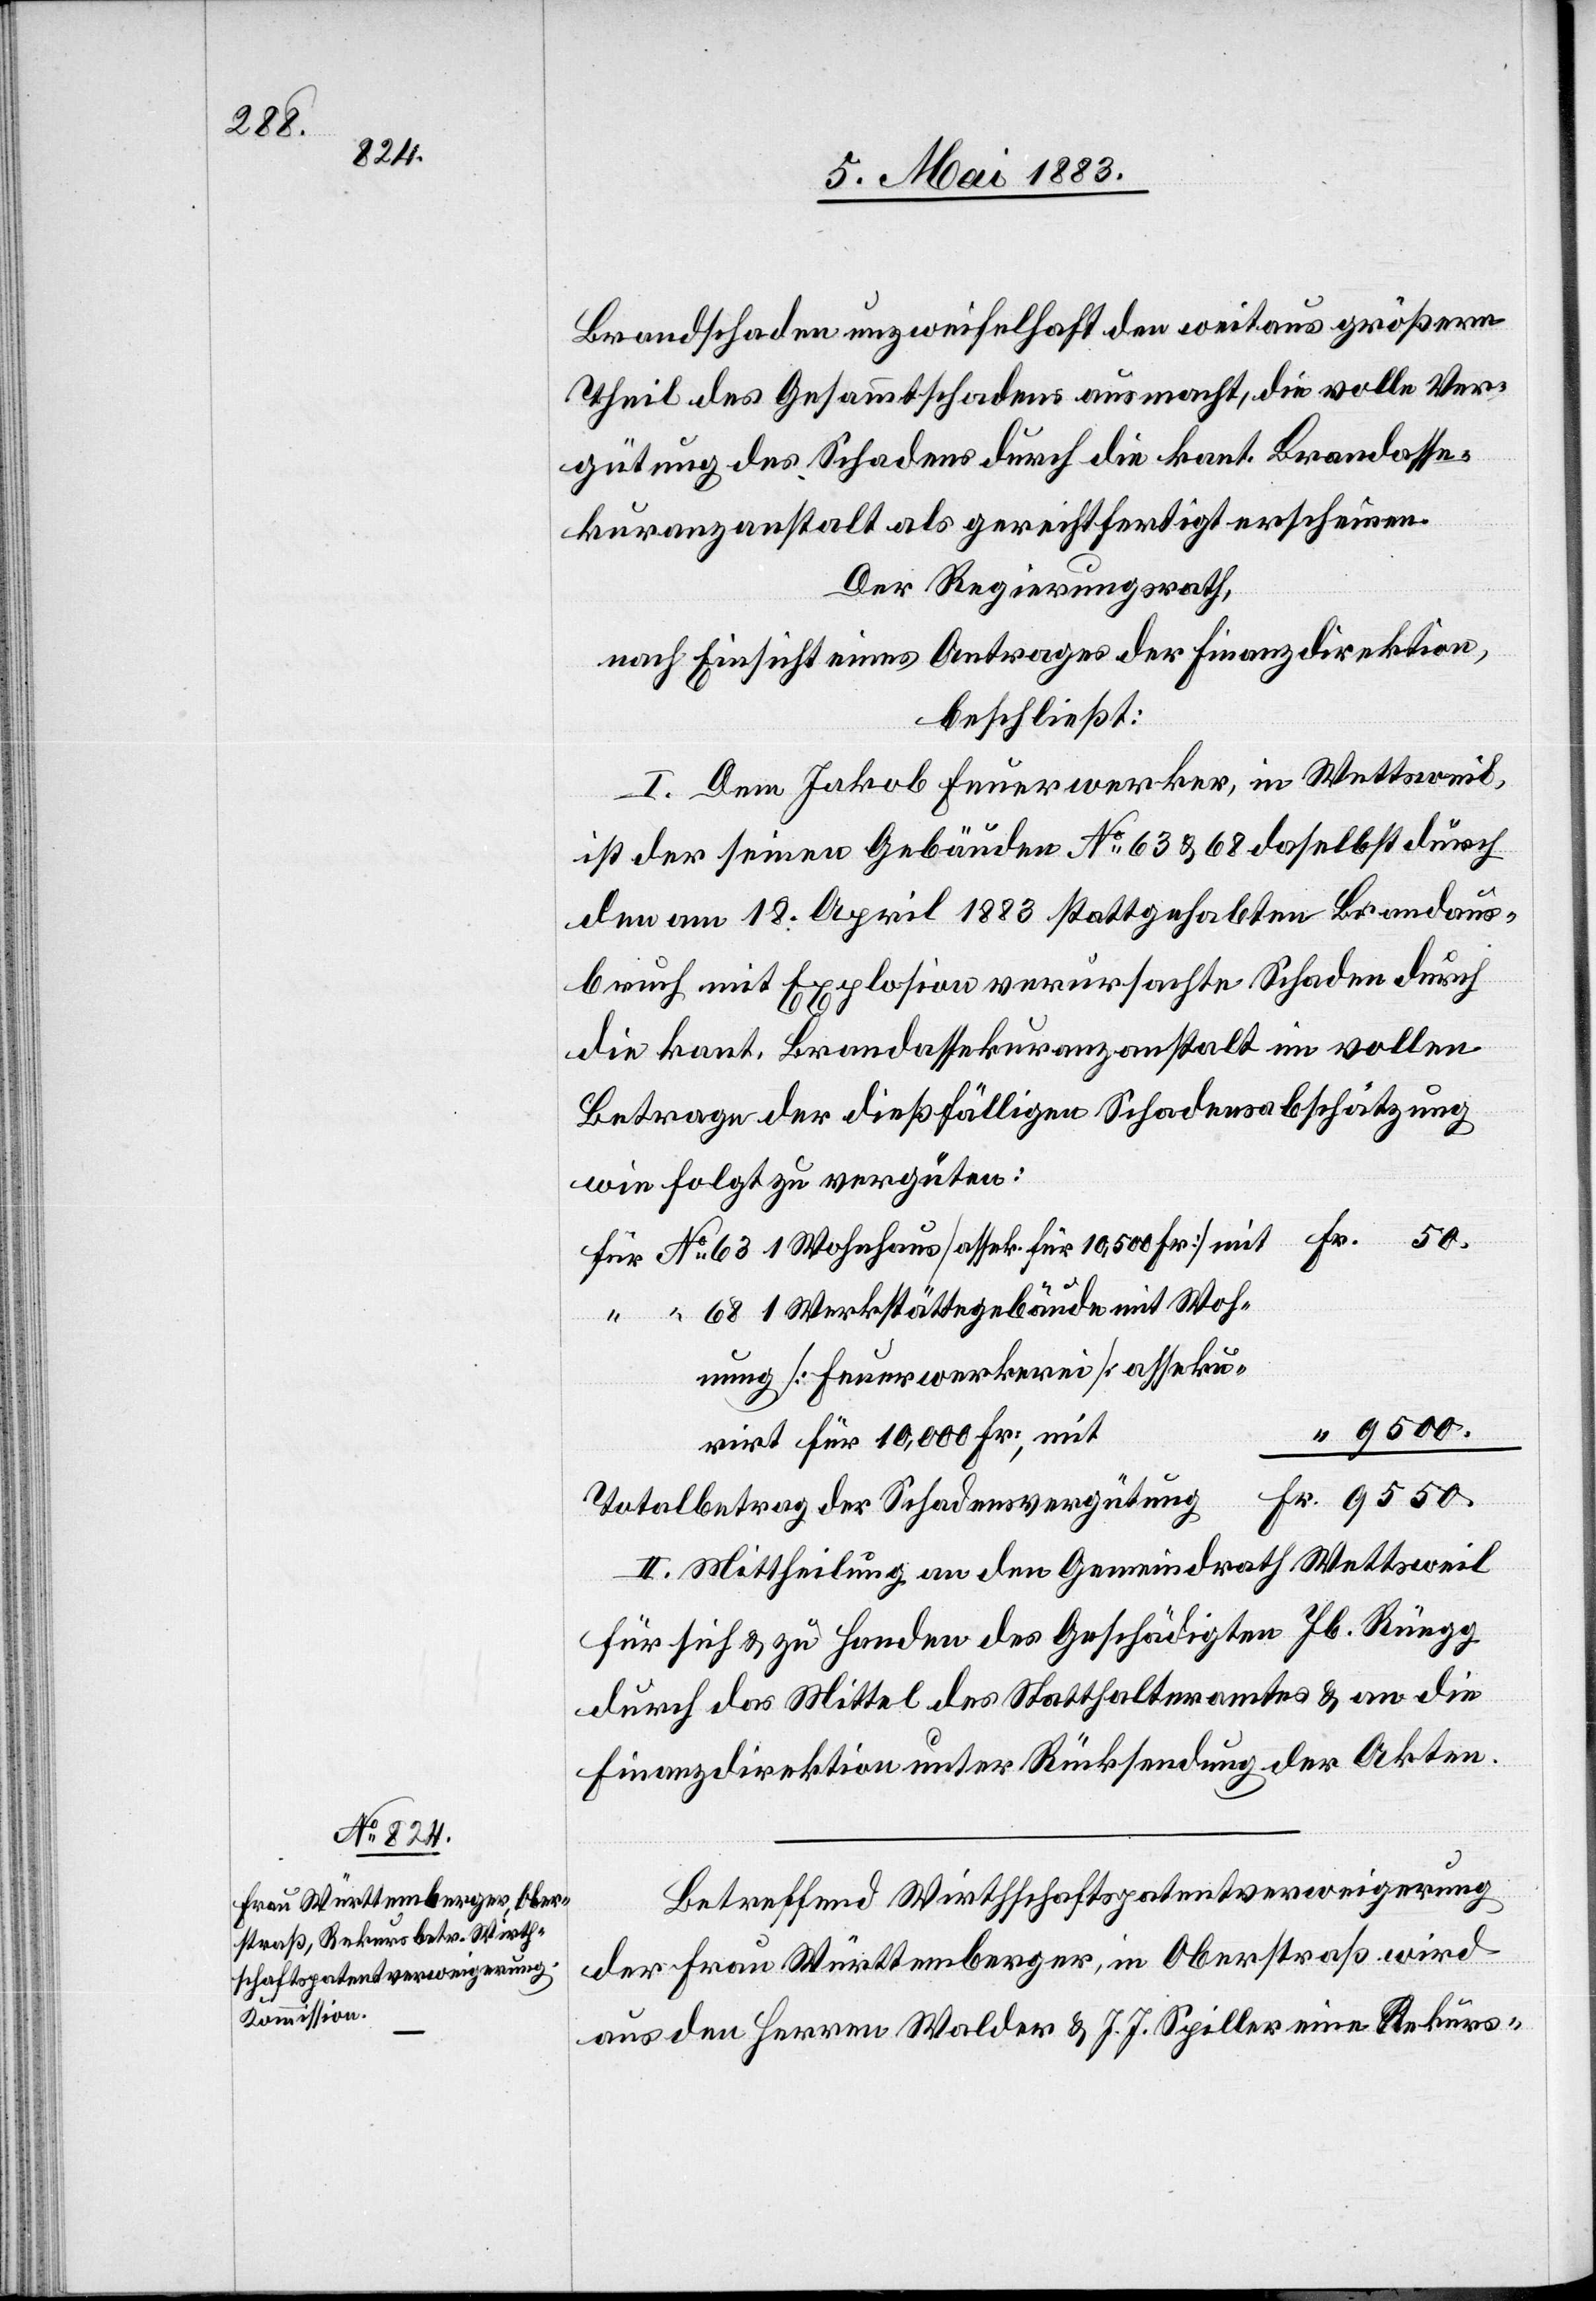
9550.

Brandschaden unzweifelhaft den weitaus größern
Theil des Gesammtschadens ausmacht, die volle Ver¬
gütung des Schadens durch die kant. Brandasse¬
kuranzanstalt als gerechtfertigt erscheinen.
Der Regierungsrath,
nach Einsicht eines Antrages der Finanzdirektion,
beschließt:
I. Dem Jakob Feuerwerker, in Wettsweil,
ist der seinen Gebäuden No 63 & 68 daselbst durch
den am 18. April 1883 stattgehabten Brandaus¬
bruch mit Explosion verursachte Schaden durch
die kant. Brandassekuranzanstalt im vollen
Betrage der dießfälligen Schadensabschätzung
wie folgt zu vergüten:
für No 63 1 Wohnhaus [assek. für 10,500 Fr.] mit
[No] 68 1 Werkstättegebäude mit Woh¬
nung [Feuerwerkerei] asseku¬
9500.
rirt für 10,000 Fr., mit
II. Mittheilung an den Gemeindrath Wettsweil
für sich & zu Handen des Geschädigten Jb. Rüegg
durch das Mittel des Statthalteramtes & an die
Finanzdirektion unter Rücksendung der Akten.
Betreffend Wirthschaftspatentverweigerung
Fr.
der Frau Württemberger, in Oberstraß wird
aus den Herren Walder & J. J. Spiller eine Rekurs-